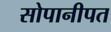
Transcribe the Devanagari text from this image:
सोपानीपत